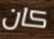
كان